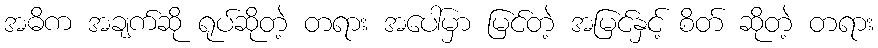
အဓိက အချက်ဆို ရုပ်ဆိုတဲ့ တရား အပေါ်မှာ မြင်တဲ့ အမြင်နှင့် စိတ် ဆိုတဲ့ တရား